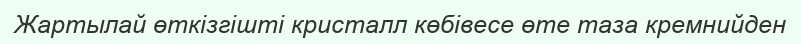
Жартылай өткізгішті кристалл көбівесе өте таза кремнийден